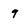
Character: 9